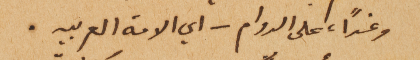
وغداً، على الدوام – اي الامة العربيه.